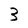
Character: 3